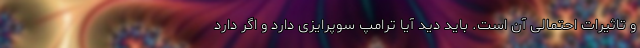
و تاثیرات احتمالی آن است. باید دید آیا ترامپ سوپرایزی دارد و اگر دارد